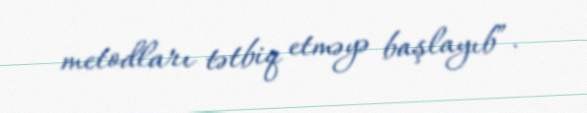
metodları tətbiq etməyə başlayıb”.